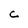
Character: C